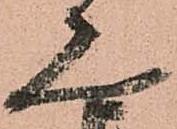
見